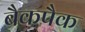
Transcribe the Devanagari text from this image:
बैकपैक